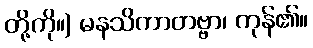
တို့ကို။) မနသိကာတဗ္ဗာ၊ ကုန်၏။